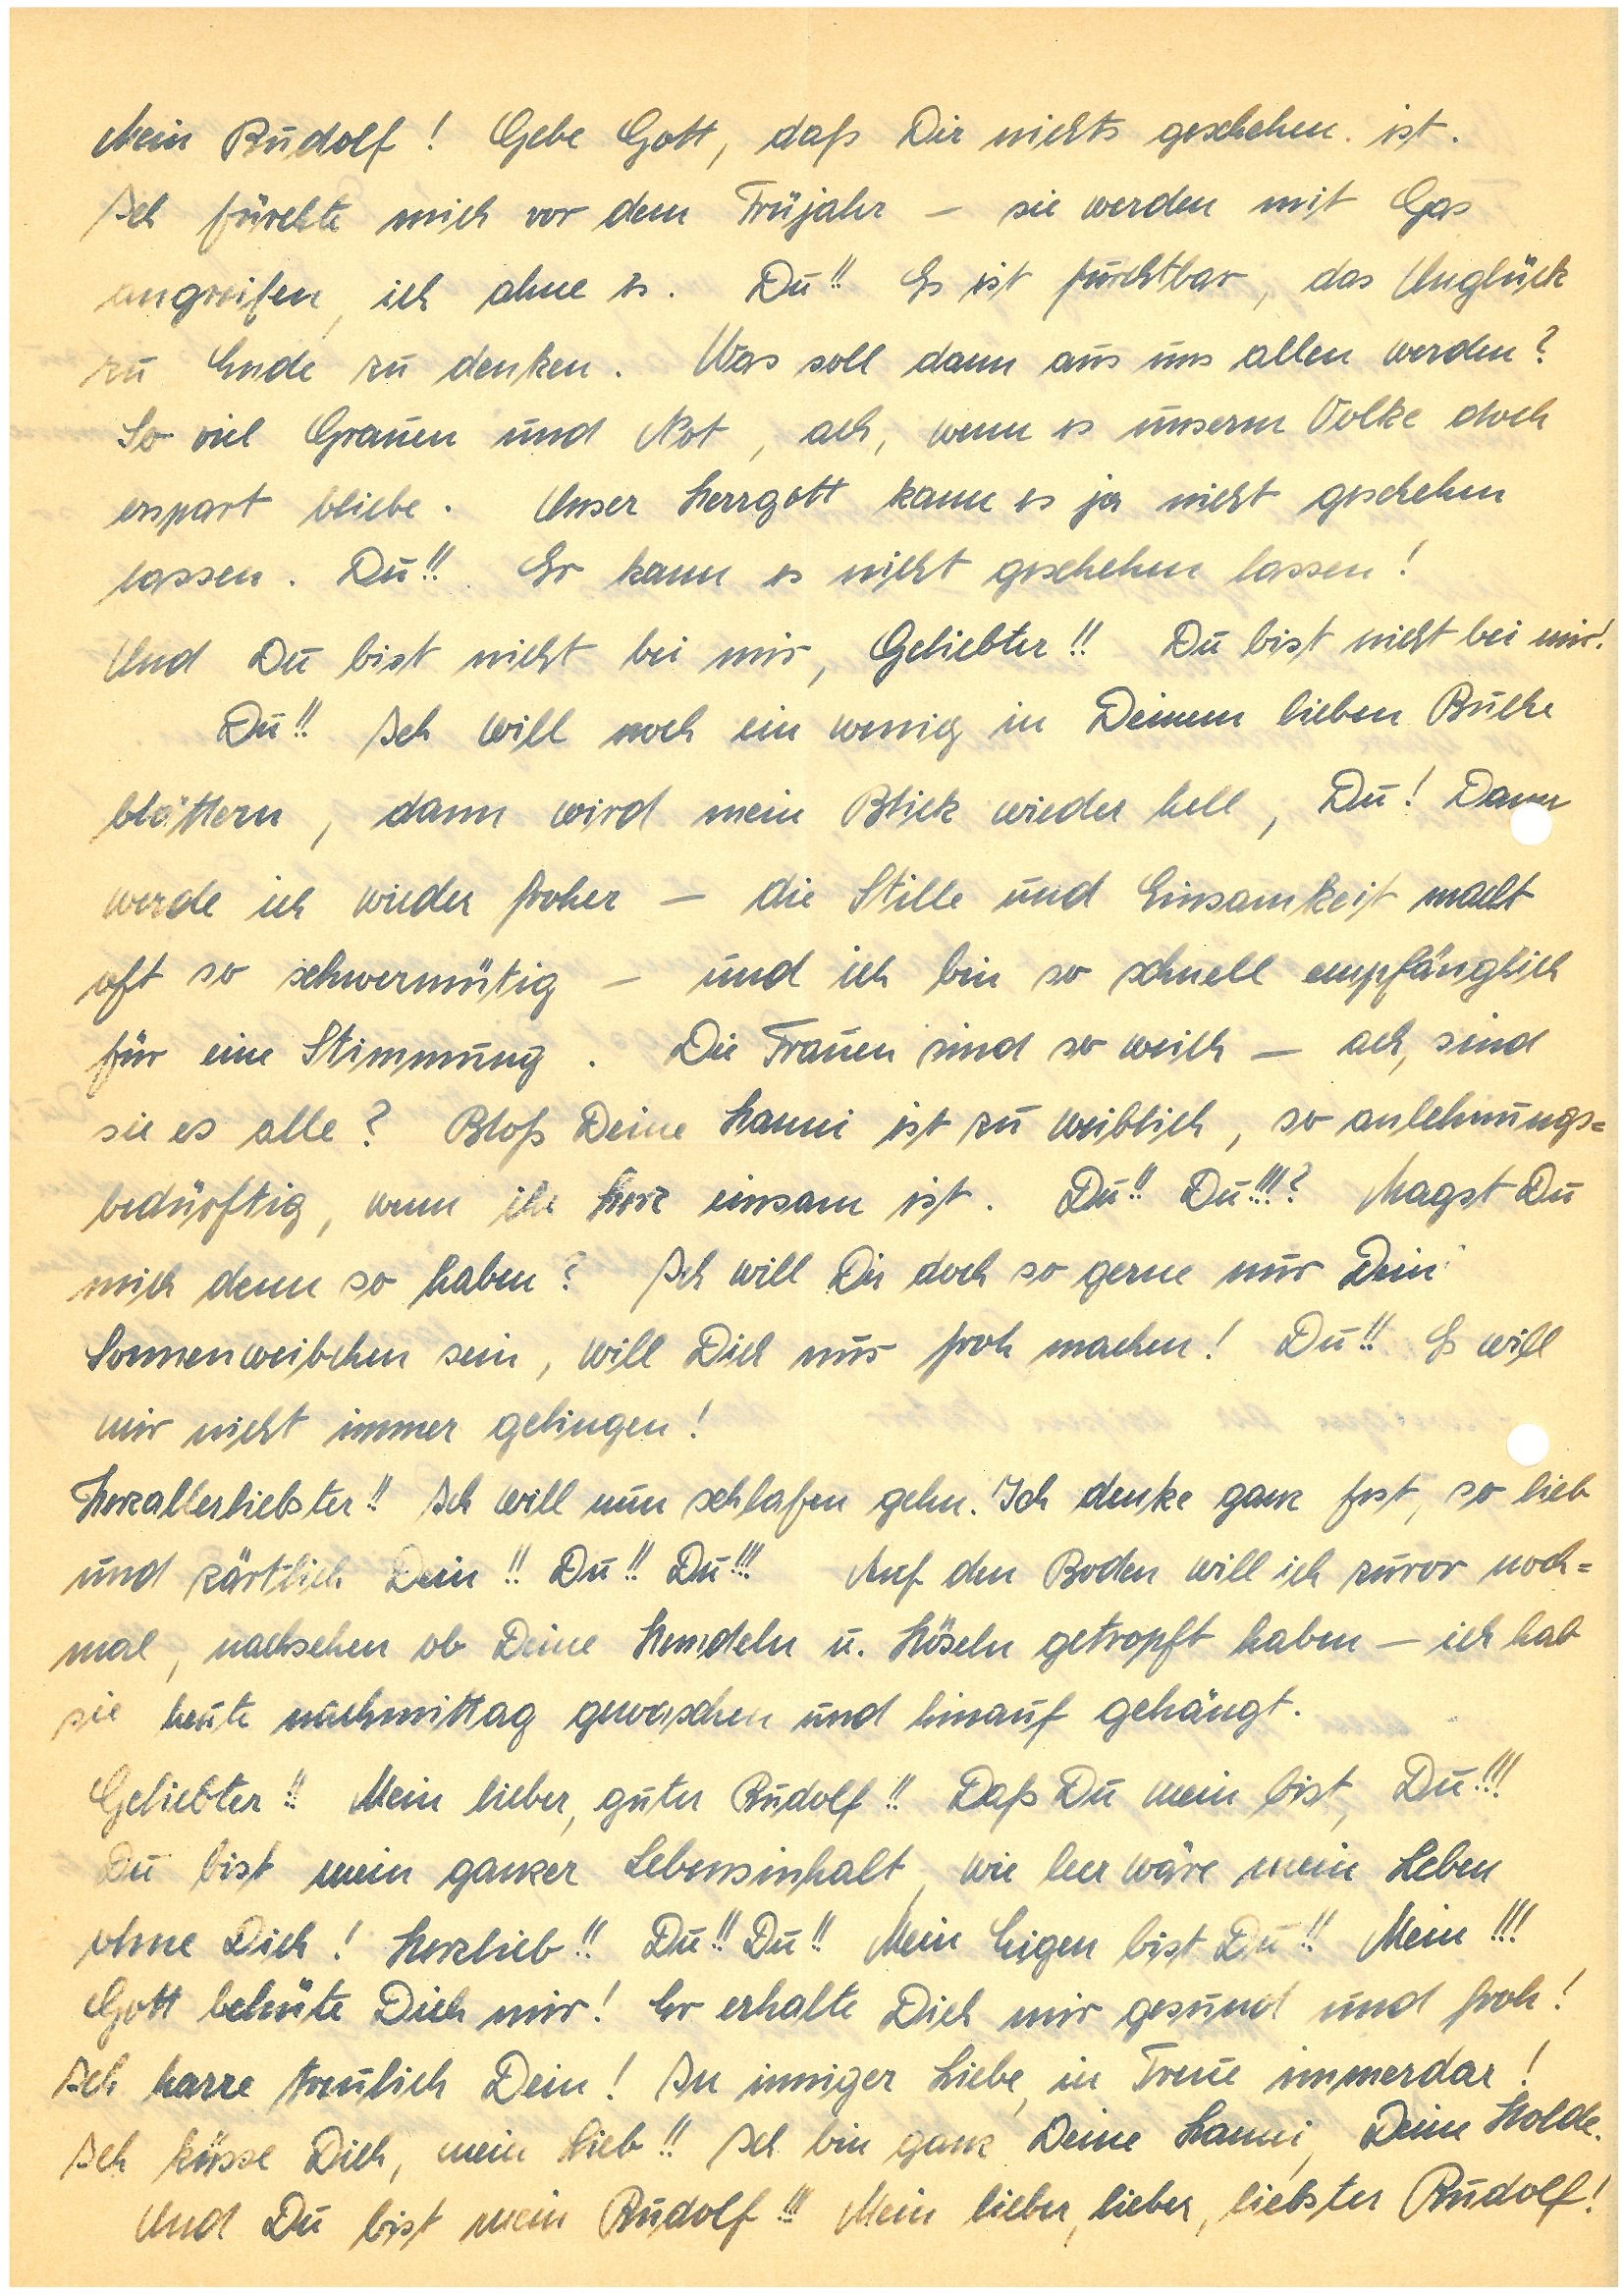
Mein ! Gebe Gott, daß Dir nichts geschehen ist.
Ich fürchte mich vor dem Frühjahr – sie werden mit Gas
angreifen, ich ahne es. Du!! Es ist furchtbar, das Unglück
zu Ende zu denken. Was soll dann aus uns allen werden?
So viel Grauen und Not, ach, wenn es unserm Volke doch
erspart bliebe. Unser Herrgott kann es ja nicht geschehen
lassen. Du!! Er kann es nicht geschehen lassen!
Und Du bist nicht bei mir, Geliebter!! Du bist nicht bei mir!
Du!! Ich will noch ein wenig in Deinem lieben Buche
blättern, dann wird mein Blick wieder hell, Du! Da
werde ich wieder froher – die Stille und Einsamkeit macht
oft so schwermütig – und ich bin so schnell empfänglich
für eine Stimmung. Die Frauen sind so weich – ach, sind
sie es alle? Bloß Deine ist zu weiblich, so anlehnungs¬
bedürftig, wenn ihr Herz einsam ist. Du!! Du!!!? Magst Du
mich denn so haben? Ich will Dir doch so gerne nur Dein
Sonnenweibchen sein, will Dich nur froh machen! Du!! Es will
mir nicht immer gelingen!
Herzallerliebster!! Ich will nun schlafen gehen. Ich denke ganz fest, so lieb
und zärtlich Dein!! Du!! Du!!! Auf den Boden will ich zuvor noch¬
mal, nachsehen, ob Deine Hemdeln u. Höseln getropft haben – ich hab
sie heute nachmittag gewaschen und hinauf gehängt.
Geliebter!! Mein lieber, guter !! Daß Du mein bist, Du!!!
Du bist mein ganzer Lebensinhalt, wie leer wäre mein Leben
ohne Dich! Herzlieb!! Du!! Du!! Mein Eigen bist Du!! Mein!!!
Gott behüte Dich mir! Er erhalte Dich mir gesund und froh!
Ich harre treulich Dein! In inniger Liebe, in Treue immerdar!
Ich küsse Dich, mein Lieb!! Ich bin ganz Deine , Deine Holde.
Und Du bist mein !!! Mein lieber, lieber, liebster !